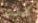
كنت